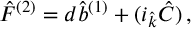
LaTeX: { \hat { F } } ^ { ( 2 ) } = d { \hat { b } } ^ { ( 1 ) } + ( i _ { \hat { k } } { \hat { C } } ) \, ,